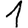
Digit: 1